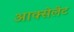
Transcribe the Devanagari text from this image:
आक्सेलेट